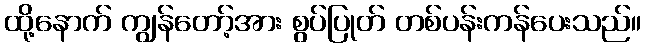
ထို့နောက် ကျွန်တော့်အား စွပ်ပြုတ် တစ်ပန်းကန်ပေးသည်။